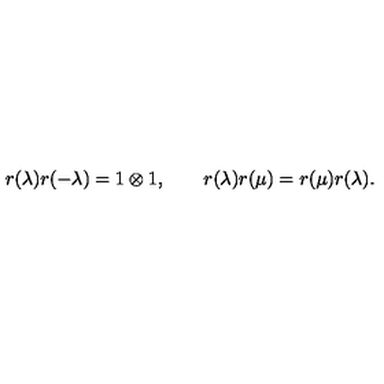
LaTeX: r ( \lambda ) r ( - \lambda ) = 1 \otimes 1 , \qquad r ( \lambda ) r ( \mu ) = r ( \mu ) r ( \lambda ) .